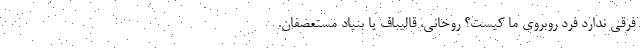
فرقی ندارد فرد روبروی ما کیست؟ روحانی، قالیباف یا بنیاد مستعضفان.